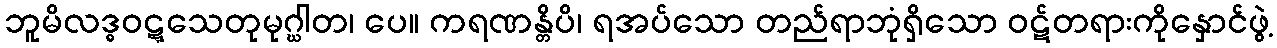
ဘူမိလဒ္ဓဝဋ္ဋသေတုမုဂ္ဃါတ၊ ပေ။ ကရဏန္တိပိ၊ ရအပ်သော တည်ရာဘုံရှိသော ဝဋ်တရားကိုနှောင်ဖွဲ့